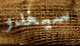
سيغدو